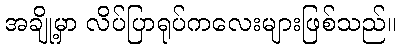
အချို့မှာ လိပ်ပြာရုပ်ကလေးများဖြစ်သည်။